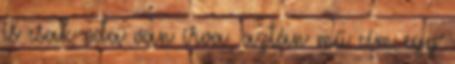
is csak oda van írva, aztán mű cím egy